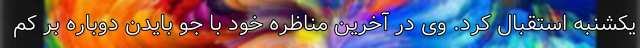
یکشنبه استقبال کرد. وی در آخرین مناظره خود با جو بایدن دوباره بر کم